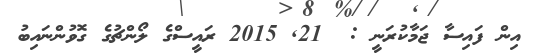
އިން ފައިސާ ޖަމާކުރަނީ :  21